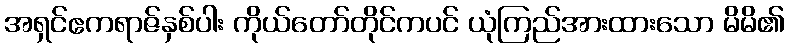
အရှင်ဧကရာဇ်နှစ်ပါး ကိုယ်တော်တိုင်ကပင် ယုံကြည်အားထားသော မိမိ၏